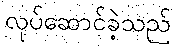
လုပ်ဆောင်ခဲ့သည်